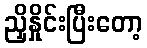
ညှိနှိုင်းပြီးတော့